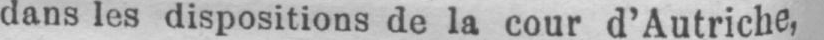
dans les dispositions de la cour d’Autriche,